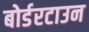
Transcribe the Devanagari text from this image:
बोर्डरटाउन